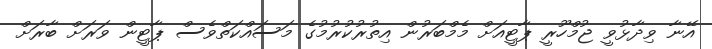
އޭނާ ވިދާޅުވީ ޖުމްހޫރީ ޕާޓީއަށް މެމްބަރުން އިތުރުކުރުމުގެ މަސައްކަތްވެސް ޕާޓީން ވަރަށް ބާރަށް